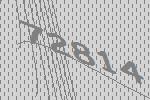
72814